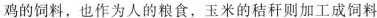
鸡的饲料，也作为人的粮食，玉米的秸秆则加工成饲料